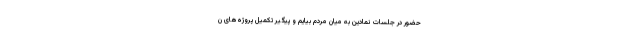
حضور در جلسات نمادین به میان مردم بیایم و پیگیر تکمیل پروژه‌های ن